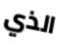
الذي